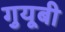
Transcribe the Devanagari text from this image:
गुयूबी